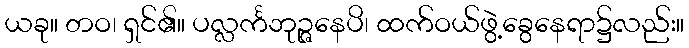
ယခု။ တဝ၊ ရှင်၏။ ပလ္လင်္ကဘုဉ္ဇနေပိ၊ ထက်ဝယ်ဖွဲ့ခွေနေရာ၌လည်း။